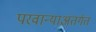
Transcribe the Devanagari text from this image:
परवान्याअंतर्गत